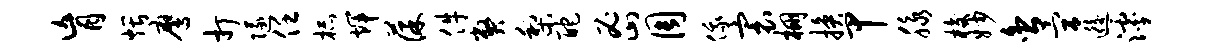
肓煨鹰打隧任杯辉葆件弊梨酡密周俄寰棚换甲脉梭妙舍宫逅滹